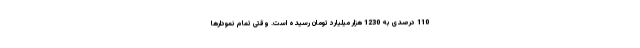
110 درصدی به 1230 هزار میلیارد تومان رسیده است. وقتی تمام نمودارها